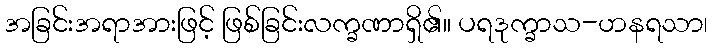
အခြင်းအရာအားဖြင့် ဖြစ်ခြင်းလက္ခဏာရှိ၏။ ပရဒုက္ခာသ-ဟနရသာ၊